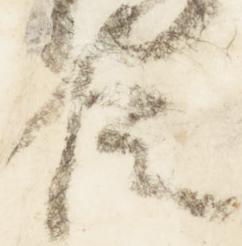
臣